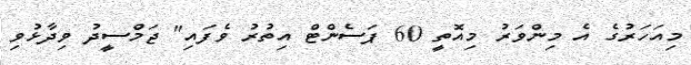
މިއަހަރުގެ އެ މިންވަރު މިއޮތީ 60 ޕަސެންޓް އިތުރު ވެފައި" ޖަމްސީދު ވިދާޅުވި